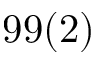
9 9 ( 2 )